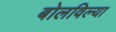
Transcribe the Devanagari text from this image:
बोलविल्या